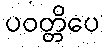
ပဝတ္တိပေ